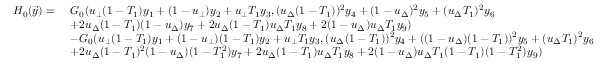
\begin{array} { r l } { H _ { 0 } ( \vec { y } ) = \ } & { G _ { 0 } ( u _ { \bot } ( 1 - T _ { 1 } ) y _ { 1 } + ( 1 - u _ { \bot } ) y _ { 2 } + u _ { \bot } T _ { 1 } y _ { 3 } , ( u _ { \Delta } ( 1 - T _ { 1 } ) ) ^ { 2 } y _ { 4 } + ( 1 - u _ { \Delta } ) ^ { 2 } y _ { 5 } + ( u _ { \Delta } T _ { 1 } ) ^ { 2 } y _ { 6 } } \\ & { + 2 u _ { \Delta } ( 1 - T _ { 1 } ) ( 1 - u _ { \Delta } ) y _ { 7 } + 2 u _ { \Delta } ( 1 - T _ { 1 } ) u _ { \Delta } T _ { 1 } y _ { 8 } + 2 ( 1 - u _ { \Delta } ) u _ { \Delta } T _ { 1 } y _ { 9 } ) } \\ & { - G _ { 0 } ( u _ { \bot } ( 1 - T _ { 1 } ) y _ { 1 } + ( 1 - u _ { \bot } ) ( 1 - T _ { 1 } ) y _ { 2 } + u _ { \bot } T _ { 1 } y _ { 3 } , ( u _ { \Delta } ( 1 - T _ { 1 } ) ) ^ { 2 } y _ { 4 } + ( ( 1 - u _ { \Delta } ) ( 1 - T _ { 1 } ) ) ^ { 2 } y _ { 5 } + ( u _ { \Delta } T _ { 1 } ) ^ { 2 } y _ { 6 } } \\ & { + 2 u _ { \Delta } ( 1 - T _ { 1 } ) ^ { 2 } ( 1 - u _ { \Delta } ) ( 1 - T _ { 1 } ^ { 2 } ) y _ { 7 } + 2 u _ { \Delta } ( 1 - T _ { 1 } ) u _ { \Delta } T _ { 1 } y _ { 8 } + 2 ( 1 - u _ { \Delta } ) u _ { \Delta } T _ { 1 } ( 1 - T _ { 1 } ) ( 1 - T _ { 1 } ^ { 2 } ) y _ { 9 } ) } \end{array}